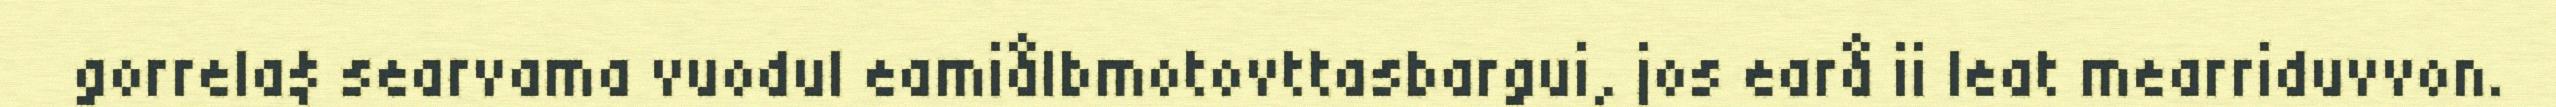
gorrela$ searvama vuodul eamiålbmotovttasbargui, jos earå ii leat mearriduvvon.